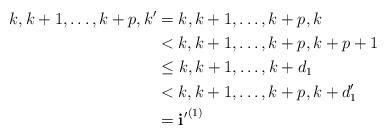
LaTeX: \begin{align*} k,k+1,\ldots,k+p,k' &= k,k+1,\ldots,k+p,k \\ &< k,k+1,\ldots,k+p,k+p+1 \\ &\leq k,k+1,\ldots,k + d_1 \\ &< k,k+1,\ldots,k+p,k + d'_1 \\ &= {\bf i'}^{(1)} \end{align*}